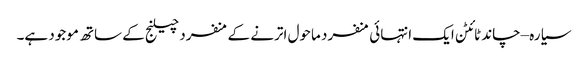
سیارہ –چاند ٹائٹن ایک انتہائی منفرد ماحول اترنے کے منفرد چیلنج کے ساتھ موجود ہے۔